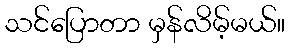
သင်ပြောတာ မှန်လိမ့်မယ်။